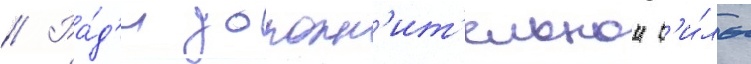
// Ра́д'и дополн'ит'ельнои с'и́лы